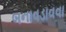
બનાવડાવવા